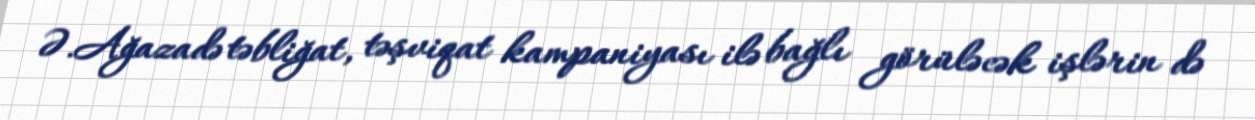
Ə.Ağazadə təbliğat, təşviqat kampaniyası ilə bağlı görüləcək işlərin də